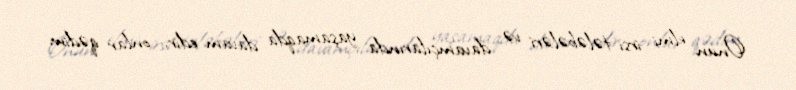
Onun elmi irsi tələbələri və davamçılarında yaşamaqda davam edir, onlar qədim